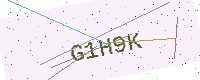
Text: G1H9K